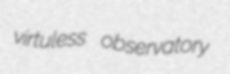
virtuless observatory